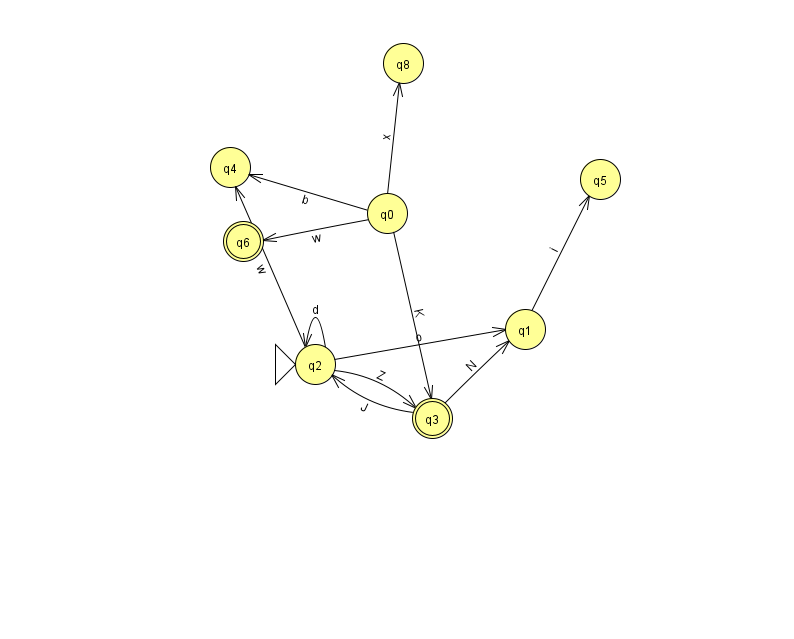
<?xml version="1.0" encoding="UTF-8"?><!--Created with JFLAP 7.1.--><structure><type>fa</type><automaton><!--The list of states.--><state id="0" name="q0"><x>387.0</x><y>200.0</y></state><state id="1" name="q1"><x>525.0</x><y>316.0</y></state><state id="2" name="q2"><x>315.0</x><y>351.0</y><initial/></state><state id="3" name="q3"><x>432.0</x><y>405.0</y><final/></state><state id="4" name="q4"><x>230.0</x><y>154.0</y></state><state id="5" name="q5"><x>600.0</x><y>166.0</y></state><state id="6" name="q6"><x>243.0</x><y>228.0</y><final/></state><state id="8" name="q8"><x>403.0</x><y>50.0</y></state><!--The list of transitions.--><transition><from>0</from><to>4</to><read>b</read></transition><transition><from>2</from><to>2</to><read>d</read></transition><transition><from>3</from><to>1</to><read>N</read></transition><transition><from>0</from><to>6</to><read>w</read></transition><transition><from>2</from><to>3</to><read>Z</read></transition><transition><from>3</from><to>2</to><read>J</read></transition><transition><from>2</from><to>1</to><read>o</read></transition><transition><from>1</from><to>5</to><read>i</read></transition><transition><from>0</from><to>8</to><read>x</read></transition><transition><from>2</from><to>4</to><read>w</read></transition><transition><from>0</from><to>3</to><read>K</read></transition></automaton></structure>